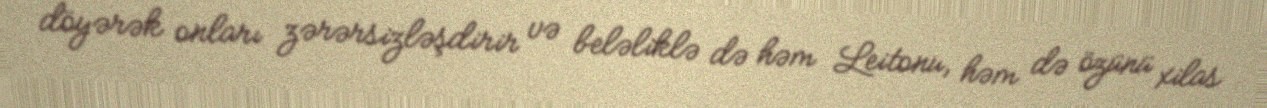
döyərək onları zərərsizləşdirir və beləliklə də həm Leitonu, həm də özünü xilas